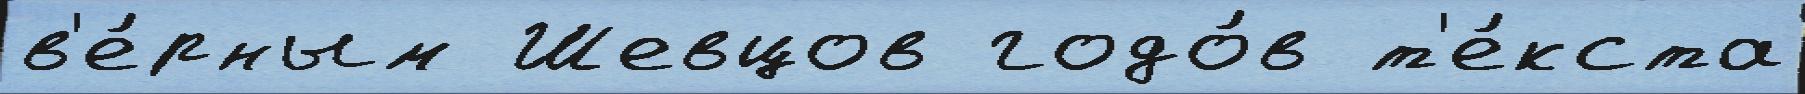
в'е́рным Шевцов годо́в т'е́кста